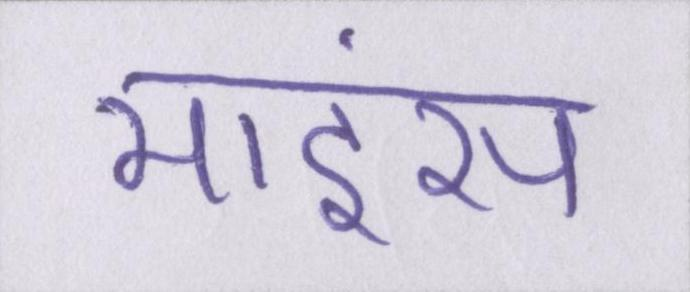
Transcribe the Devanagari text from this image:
माइंस